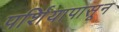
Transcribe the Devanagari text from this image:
पर्शियापासून